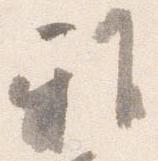
雅